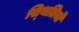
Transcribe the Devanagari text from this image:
स्‍थितियों